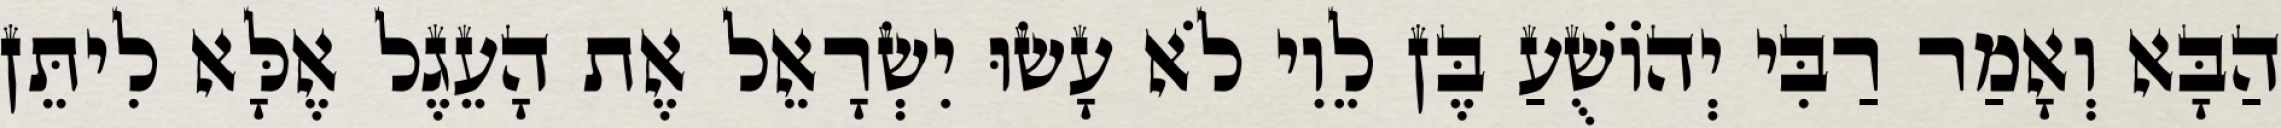
הַבָּא וְאָמַר רַבִּי יְהוֹשֻׁעַ בֶּן לֵוִי לֹא עָשׂוּ יִשְׂרָאֵל אֶת הָעֵגֶל אֶלָּא לִיתֵּן